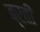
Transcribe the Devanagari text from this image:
ब्रती